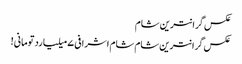
عکس گرانترین شام
عکس گرانترین شام	شام اشرافی ۷ میلیارد تومانی!